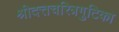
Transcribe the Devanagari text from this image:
श्रीदत्तचरित्रगुटिका